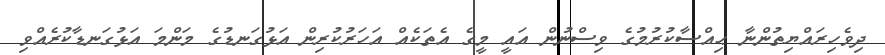
ދިވެހިރައްޔިތުންނާ ޙިއްސާކުރުމުގެ ވިސްނުން އައީ މީގެ އެތަކެއް އަހަރުކުރިން އަޅުގަނޑުގެ މަންމަ އަޅުގަނޑާކުރެއްވި